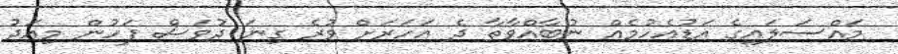
މައްސަލައިގެ އަޑުއެހުމެއް ނުބާއްވާތާ ދެ އަހަރަށް ވުރެ ގިނަ ދުވަސް ފަހުން މިއަދު